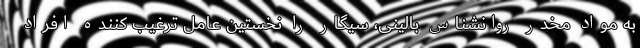
به مواد مخدر روانشناس بالینی، سیگار را نخستین عامل ترغیب کننده افراد